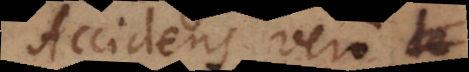
Accidens vero de